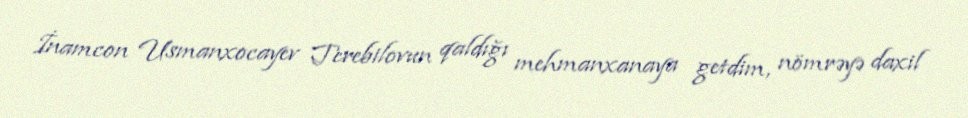
İnamcon Usmanxocayev Terebilovun qaldığı mehmanxanaya getdim, nömrəyə daxil